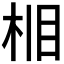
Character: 𪲈